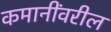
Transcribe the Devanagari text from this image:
कमानींवरील